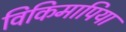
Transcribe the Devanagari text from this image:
विकिमापिया